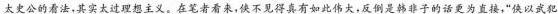
太史公的看法，其实太过理想主义。在笔者看来，快不见得真有如此伟大，反倒是韩非子的话更为直接，”使以武犯